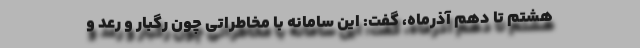
هشتم تا دهم آذرماه، گفت: این سامانه با مخاطراتی چون رگبار و رعد و